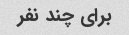
برای چند نفر